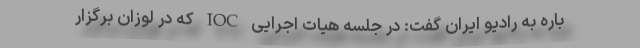
باره به رادیو ایران گفت: در جلسه هیات اجرایی IOC که در لوزان برگزار